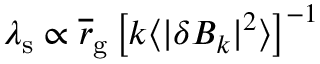
\lambda _ { \mathrm { s } } \propto \overline { r } _ { \mathrm { g } } \left[ k \langle \vert \delta B _ { k } \vert ^ { 2 } \rangle \right] ^ { - 1 }